[Report on the health of British troops in the Madras command]
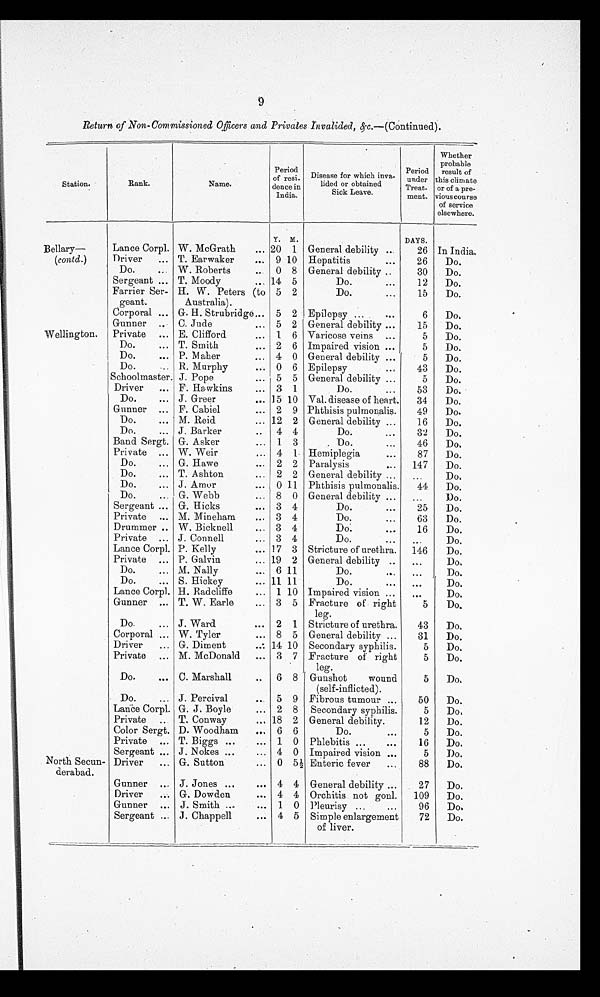
9
Return of Non-Commissioned Officers and Privates Invalided, &c.—( Continued ).
Station.
Rank.
Name.
Period
of resi-
dence in
India.
Disease for which inva-
lided or obtained
Leave.
Sick L e a v e .
Period
under
Treat-
ment.
Whether
probable
result of
this climate
or of a pre-
vious course
of service
elsewhere.
Y. M.
DAYS.
Bellary—
(contd.)
Lance Corpl. W. McGrath
... 20 1 General debility ...
26 In India.
Driver
... T. Earwaker
... 9 10 Hepatitis
...
26
Do.
Do.
... W. Roberts
. . .
0 8 General debility ..
30
Do.
Sergeant ... T. Moody
... 14 5
Do.
...
12
Do.
Farrier Ser-geant. H. W. Peters (to
Australia).
5 2
Do
...
1 5 Do.
Corporal ... G. H. Strubridge... 5 2 Epilepsy ...
...
6
D o .
Gunner .. C. Jude
... 5 2 General debility ...
15
Do.
Wellington.
Private ... E. Clifford
... 1 6 Varicose veins ...
5
Do.
Do.
... T. Smith
... 2 6 Impaired vision ...
5
D o .
Do.
... P. Maher
... 4 0 General debility ...
5
Do.
Do.
... R. Murphy
... 0 6 Epileps
...
4 3 Do.
Schoolmaster. J. Pope
... 5 5 General debility ...
5
Do.
Driver
... F. Hawkins
... 3 1
Do.
...
53
D o .
Do.
... J. Greer
... l 5 10 Val. disease of heart.
34
Do.
Gunner ... F. Cabiel
... 2 9 Phthisis pulmonalis.
49
Do.
Do.
. . . M. Reid
... 12 2 General debility ...
16
Do.
Do.
... J. Barker
..
4 4
Do.
...
32
Do.
Band Sergt. G. Asker
... 1 3
Do.
...
46
D o .
Private ... W. Weir
... 4 1 Hemiplegia
...
87
Do.
Do.
... G. Hawe
... 2 2 Paralysis
...
147
Do.
Do.
... T. Ashton
... 2 2 General debility ...
...
D o .
Do.
... J. Amor
... 0 11 Phthisis pulmonalis.
44
Do.
Do.
... G. Webb
... 8 0 General debility ...
...
Do.
Sergeant ... G. Hicks
... 3 4
Do.
...
25
D o .
Private ... M. Mineham
... 3 4
Do.
...
63
Do.
Drummer .. W. Bicknell
... 3 4
Do
...
Do.
Private ... J. Connell
... 3 4
Do.
...
...
Do.
Lance Corpl. P. Kelly
... 17 3 Stricture of urethra.
146
Do.
Private ... P. Galvin
... 19 2 General debility ..
...
D o .
Do.
... M. Nally
... 6 11
Do.
. . .
. . .
Do.
Do.
... S. Hickey
... 11 11
Do.
..
. . .
D o .
Lance Corpl. H. Radcliffe
... 1 10 Impaired vision ...
. . .
Do.
Gunner ... T. W. Earle
... 3 5 Fracture of right
leg.
5
D o .
Do.
... J. Ward.
... 2 1 Stricture of urethra.
43
Do.
Corporal ... W. Tyler
... 8 5 General debility ...
31
Do.
Driver
... G. Diment
. . . 14 10 Secondary syphilis.
5
D o .
Private ... M. McDonald
... 3 7 Fracture of right
leg.
5
Do.
Do.
... C. Marshall
..
6 8 Gunshot
wound
(self-inflicted).
5
D o .
Do.
... J. Percival
. . . 5 9 Fibrous tumour ...
50
Do.
Lance Corpl. G. J. Boyle
... 2 8 Secondary syphilis.
5
Do.
Private ... T. Conway
. . . 18 2 General debility.
12
Do.
Color Sergt. D. Woodham
... 6 6
Do.
. . .
5
Do.
Private ... T. Biggs ...
... 1 0 Phlebitis ...
. . .
16
Do.
Sergeant ... J. Nokes ...
... 4 0 Impaired vision ...
5
Do.
North Secun-
derabad.
Driver
... G. Sutton
... 0 51/2 Enteric fever
...
88
D o .
Gunner ... J. Jones ...
... 4 4 General debility ...
27
Do.
Driver
... G. Dowden
... 4 4 Orchitis not gonl.
109
Do.
Gunner ... J. Smith ...
... 1 0 Pleurisy ...
...
96
Do.
Sergeant ... J. Chappell
... 4 5 Simple enlargement
of liver.
72
Do.